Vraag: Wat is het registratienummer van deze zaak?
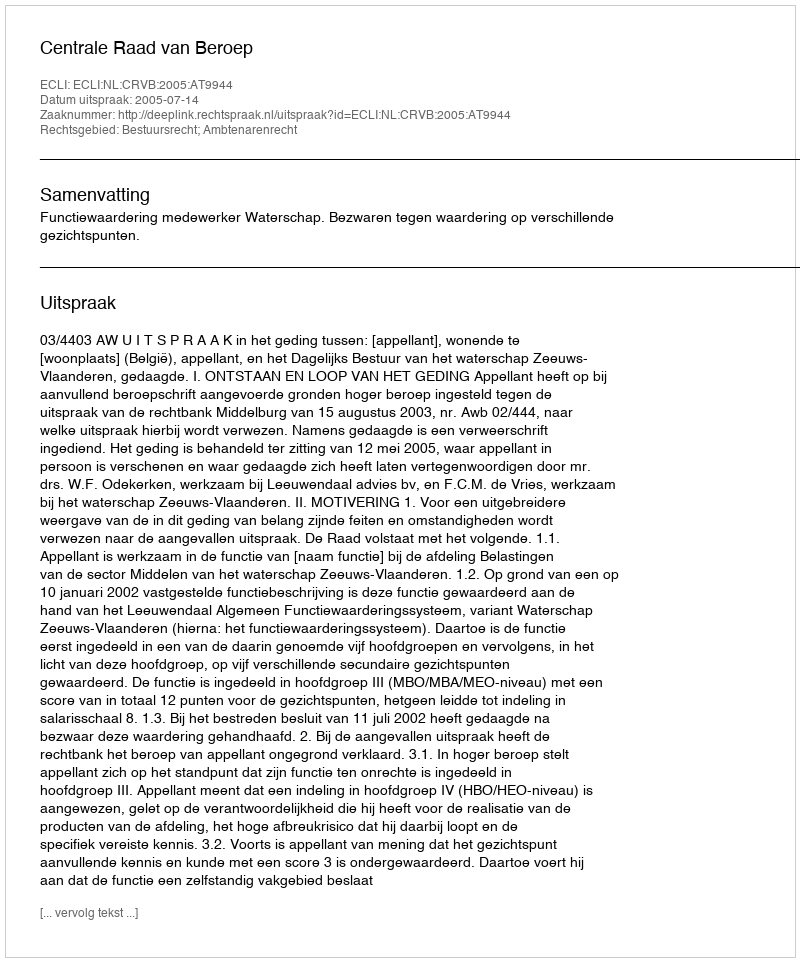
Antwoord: http://deeplink.rechtspraak.nl/uitspraak?id=ECLI:NL:CRVB:2005:AT9944